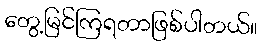
တွေ့မြင်ကြရတာဖြစ်ပါတယ်။